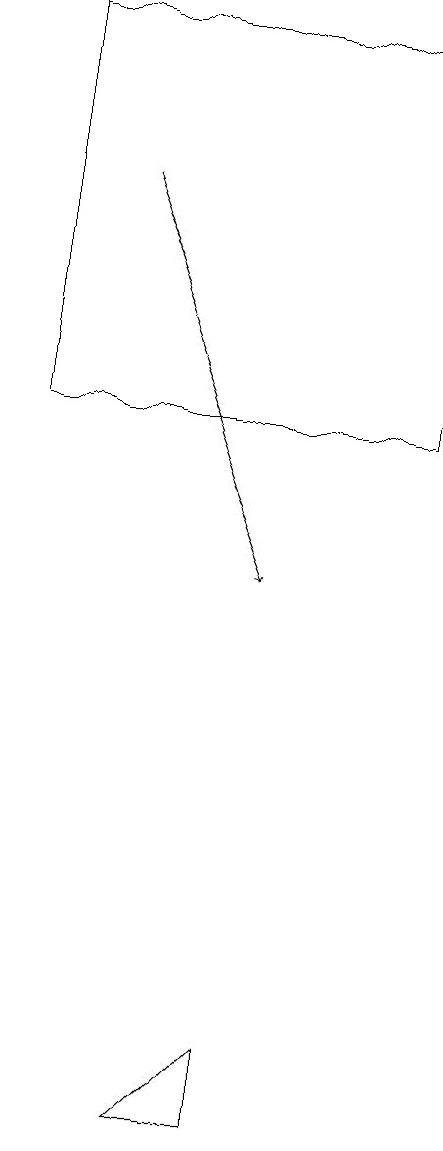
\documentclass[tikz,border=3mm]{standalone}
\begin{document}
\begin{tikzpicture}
\draw (4,6) -- (3,5) -- (4,5) -- cycle;
\draw (6,19) rectangle (1,14);
\draw[->] (2,17) -- (4,12);
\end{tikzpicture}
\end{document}